Indian Medical Review
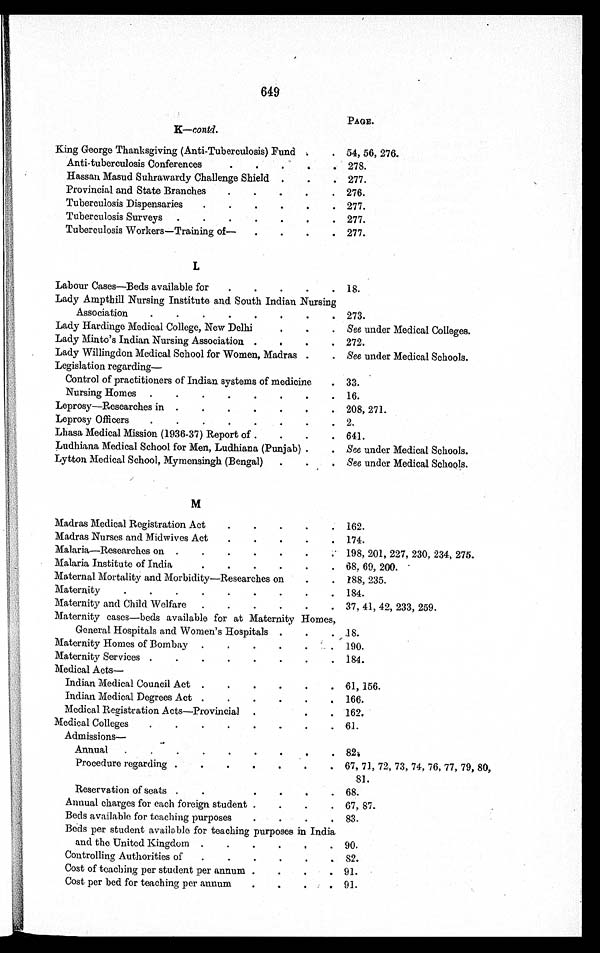
K—contd.
PAGE.
King George Thanksgiving (Anti-Tuberculosis) Fund
54, 56, 276.
Anti-tuberculosis Conferences
278.
Hassan Masud Suhrawardy Challenge Shield
277.
Provincial and State Branches
276.
Tuberculosis Dispensaries
277.
Tuberculosis Surveys
277.
Tuberculosis Workers—Training of—
277.
L
Labour Cases—Beds available for
18.
Lady Ampthill Nursing Institute and South Indian Nursing
Association
273.
Lady Hardinge Medical College, New Delhi
See under Medical Colleges.
Lady Minto's Indian Nursing Association
272.
Lady Willingdon Medical School for Women, Madras
See under Medical Schools.
L e g i s l a t i o n r e g a r d i n g —
Control of practitioners of Indian systems of medicine
33.
Nursing Homes
16.
Leprosy—Researches in
208, 271.
Leprosy Officers
2.
Lhasa Medical Mission (1936-37) Report of
641.
Ludhiana Medical School for Men, Ludhiana (Punjab)
See under Medical Schools.
Lytton Medical School, Mymensingh (Bengal)
See under Medical Schools.
M
Madras Medical Registration Act
162.
Madras Nurses and Midwives Act
174.
Malaria—Researches on
198, 201, 227, 230, 234, 275.
Malaria Institute of India
68, 69, 200.
Maternal Mortality and Morbidity—Researches on
188, 235.
Maternity
184.
Maternity and Child Welfare
37, 41, 42, 233, 259.
Maternity cases—beds available for at Maternity Homes,
General Hospitals and Women's Hospitals
18.
Maternity Homes of Bombay
190.
Maternity Services
184.
Medical Acts—
Indian Medical Council Act
61, 156.
Indian Medical Degrees Act
166.
Medical Registration Acts—Provincial
162.
Medical Colleges
61.
Admissions—
Annual
82.
Procedure regarding
67, 71, 72, 73, 74, 76, 77, 79, 80,
81.
Reservation of seats
68.
Annual charges for each foreign student
67, 87.
Beds available for teaching purposes
83.
Beds per student available for teaching purposes in India
and the United Kingdom
90.
Controlling Authorities of
82.
Cost of teaching per student per annum
91.
Cost per bed for teaching per annum
91.